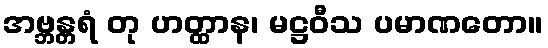
အဗ္ဘန္တရံ တု ဟတ္ထာန၊ မဋ္ဌဝီသ ပမာဏတော။